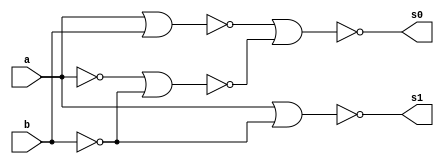
// ---------------------
// Guia 04_04 - Meia Diferenca NOR
// Nome: Anderson Belchior de Carvalho
// ---------------------

// ---------------------
// -- meia diferenca
// ---------------------

module meiadiferenca (s0, s1, a, b);
 output s0, s1;
 input  a, b;
 wire s2,s3,s4,s5,s6;
 
 nor norgate1 (s2, a, a);
 nor norgate2 (s3, b, b);
 nor norgate3 (s4, s2, s3);
 nor norgate4 (s5, a, b);
 nor norgate5 (s0, s5, s4);
 nor norgate6 (s6, s2, s2);
 nor norgate7 (s1, s6, s3);
 
 endmodule //meiadiferenca

// --------------------------
// -- test meia diferenca nor
// --------------------------

module testmeiadiferenca;
 reg   a, b;             
 wire  s0, s1;
          // instancia
 meiadiferenca MEIADIFERENCA1 (s0, s1, a, b);

 initial begin:start
      a=0; b=0;
 end

          // parte principal
 initial begin:main
      $display("Guia 04_04 - Anderson Belchior de Carvalho - 396673");
      $display("Test Meia Diferenca NOR gate");
      $display("\n a | b = s0 s1\n");
      $monitor(" %b | %b = %b %b", a, b, s0, s1);
  #1  a=0; b=1; 
  #1  a=1; b=0; 
  #1  a=1; b=1; 
  
 end

endmodule // testmeiadiferenca